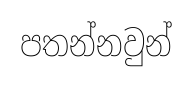
පතන්නවුන්